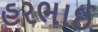
હરભાઈ